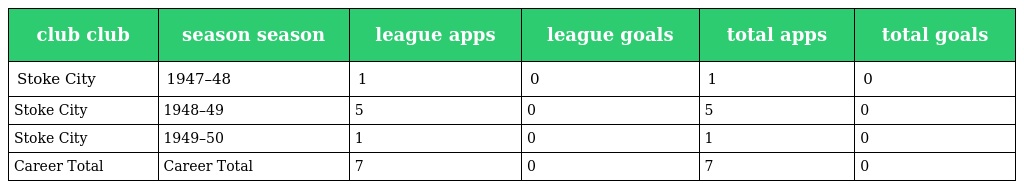
| club club | season season | league apps | league goals | total apps | total goals |
 | --- | --- | --- | --- | --- | --- |
 | Stoke City | 1947–48 | 1 | 0 | 1 | 0 |
 | Stoke City | 1948–49 | 5 | 0 | 5 | 0 |
 | Stoke City | 1949–50 | 1 | 0 | 1 | 0 |
 | Career Total | Career Total | 7 | 0 | 7 | 0 |